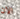
الان